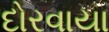
દોરવાયા